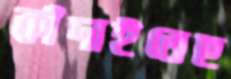
কাঁদাইতেছ